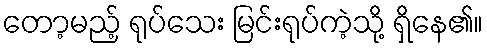
တော့မည့် ရုပ်သေး မြင်းရုပ်ကဲ့သို့ ရှိနေ၏။